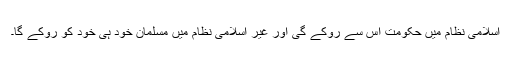
اسلامی نظام میں حکومت اس سے روکے گی اور غیر اسلامی نظام میں مسلمان خود ہی خود کو روکے گا۔